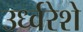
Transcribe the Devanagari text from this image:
उर्ध्वरेशे